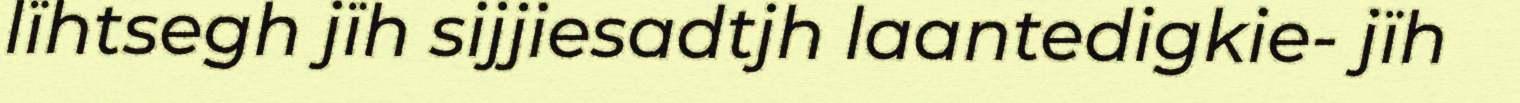
lïhtsegh jïh sijjiesadtjh laantedigkie- jïh